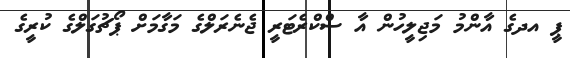
ޕީ އދގެ އާންމު މަޖިލީހުން އާ ސްކްރެޓަރީ ޖެނެރަލްގެ މަގާމަށް ޕޯޗުގަލްގެ ކުރީގެ